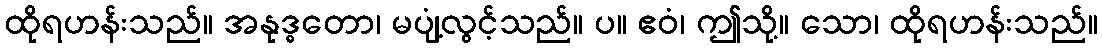
ထိုရဟန်းသည်။ အနုဒ္ဓတော၊ မပျံ့လွင့်သည်။ ပ။ ဧဝံ၊ ဤသို့။ သော၊ ထိုရဟန်းသည်။